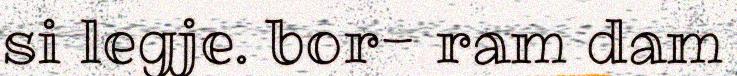
si legje. bor- ram dam